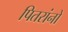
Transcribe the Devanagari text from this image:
पितरांनो